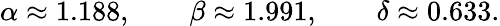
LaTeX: \alpha\approx 1.188,\qquad\beta\approx 1.991,\qquad\delta\approx 0.633.